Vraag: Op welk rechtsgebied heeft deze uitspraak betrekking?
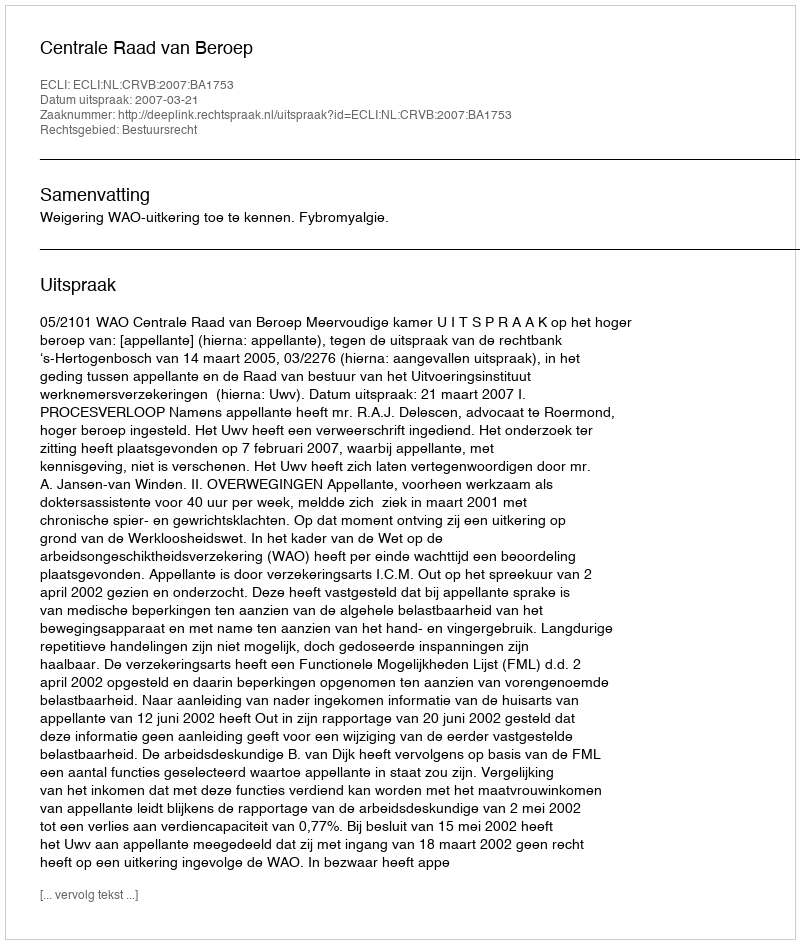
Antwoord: Bestuursrecht